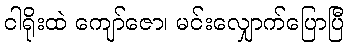
ငါရိုးထဲ ကျော်ဇော၊ မင်းလျှောက်ပြောပြီ